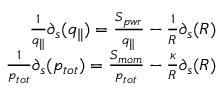
\begin{array} { r } { \frac { 1 } { q _ { \parallel } } \partial _ { s } ( q _ { \parallel } ) = \frac { S _ { p w r } } { q _ { \parallel } } - \frac { 1 } { R } \partial _ { s } ( R ) } \\ { \frac { 1 } { p _ { t o t } } \partial _ { s } ( p _ { t o t } ) = \frac { S _ { m o m } } { p _ { t o t } } - \frac { \kappa } { R } \partial _ { s } ( R ) } \end{array}